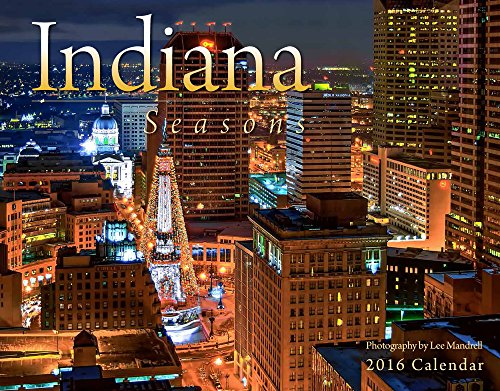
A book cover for Indiana Seasons 2016 Calendar 11x14; Lee Mandrell; Calendars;